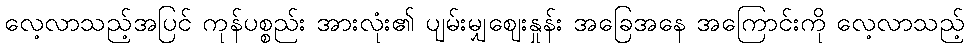
လေ့လာသည့်အပြင် ကုန်ပစ္စည်း အားလုံး၏ ပျမ်းမျှဈေးနှုန်း အခြေအနေ အကြောင်းကို လေ့လာသည့်